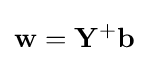
\mathbf {w} =\mathbf {Y} ^{+}\mathbf {b}